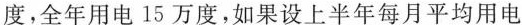
度，全年用电15万度，如果设上半年每月平均用电